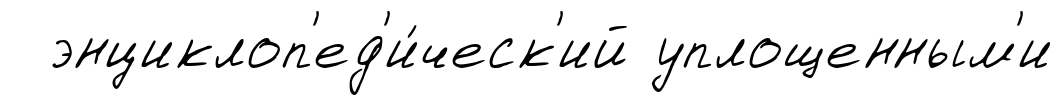
энциклоп'ед'и́ческ'ий уплощенным'и